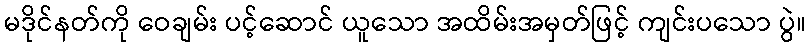
မဒိုင်နတ်ကို ဝေချမ်း ပင့်ဆောင် ယူသော အထိမ်းအမှတ်ဖြင့် ကျင်းပသော ပွဲ။